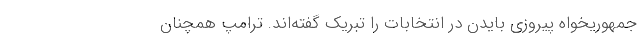
جمهوریخواه پیروزی بایدن در انتخابات را تبریک گفته‌اند. ترامپ همچنان